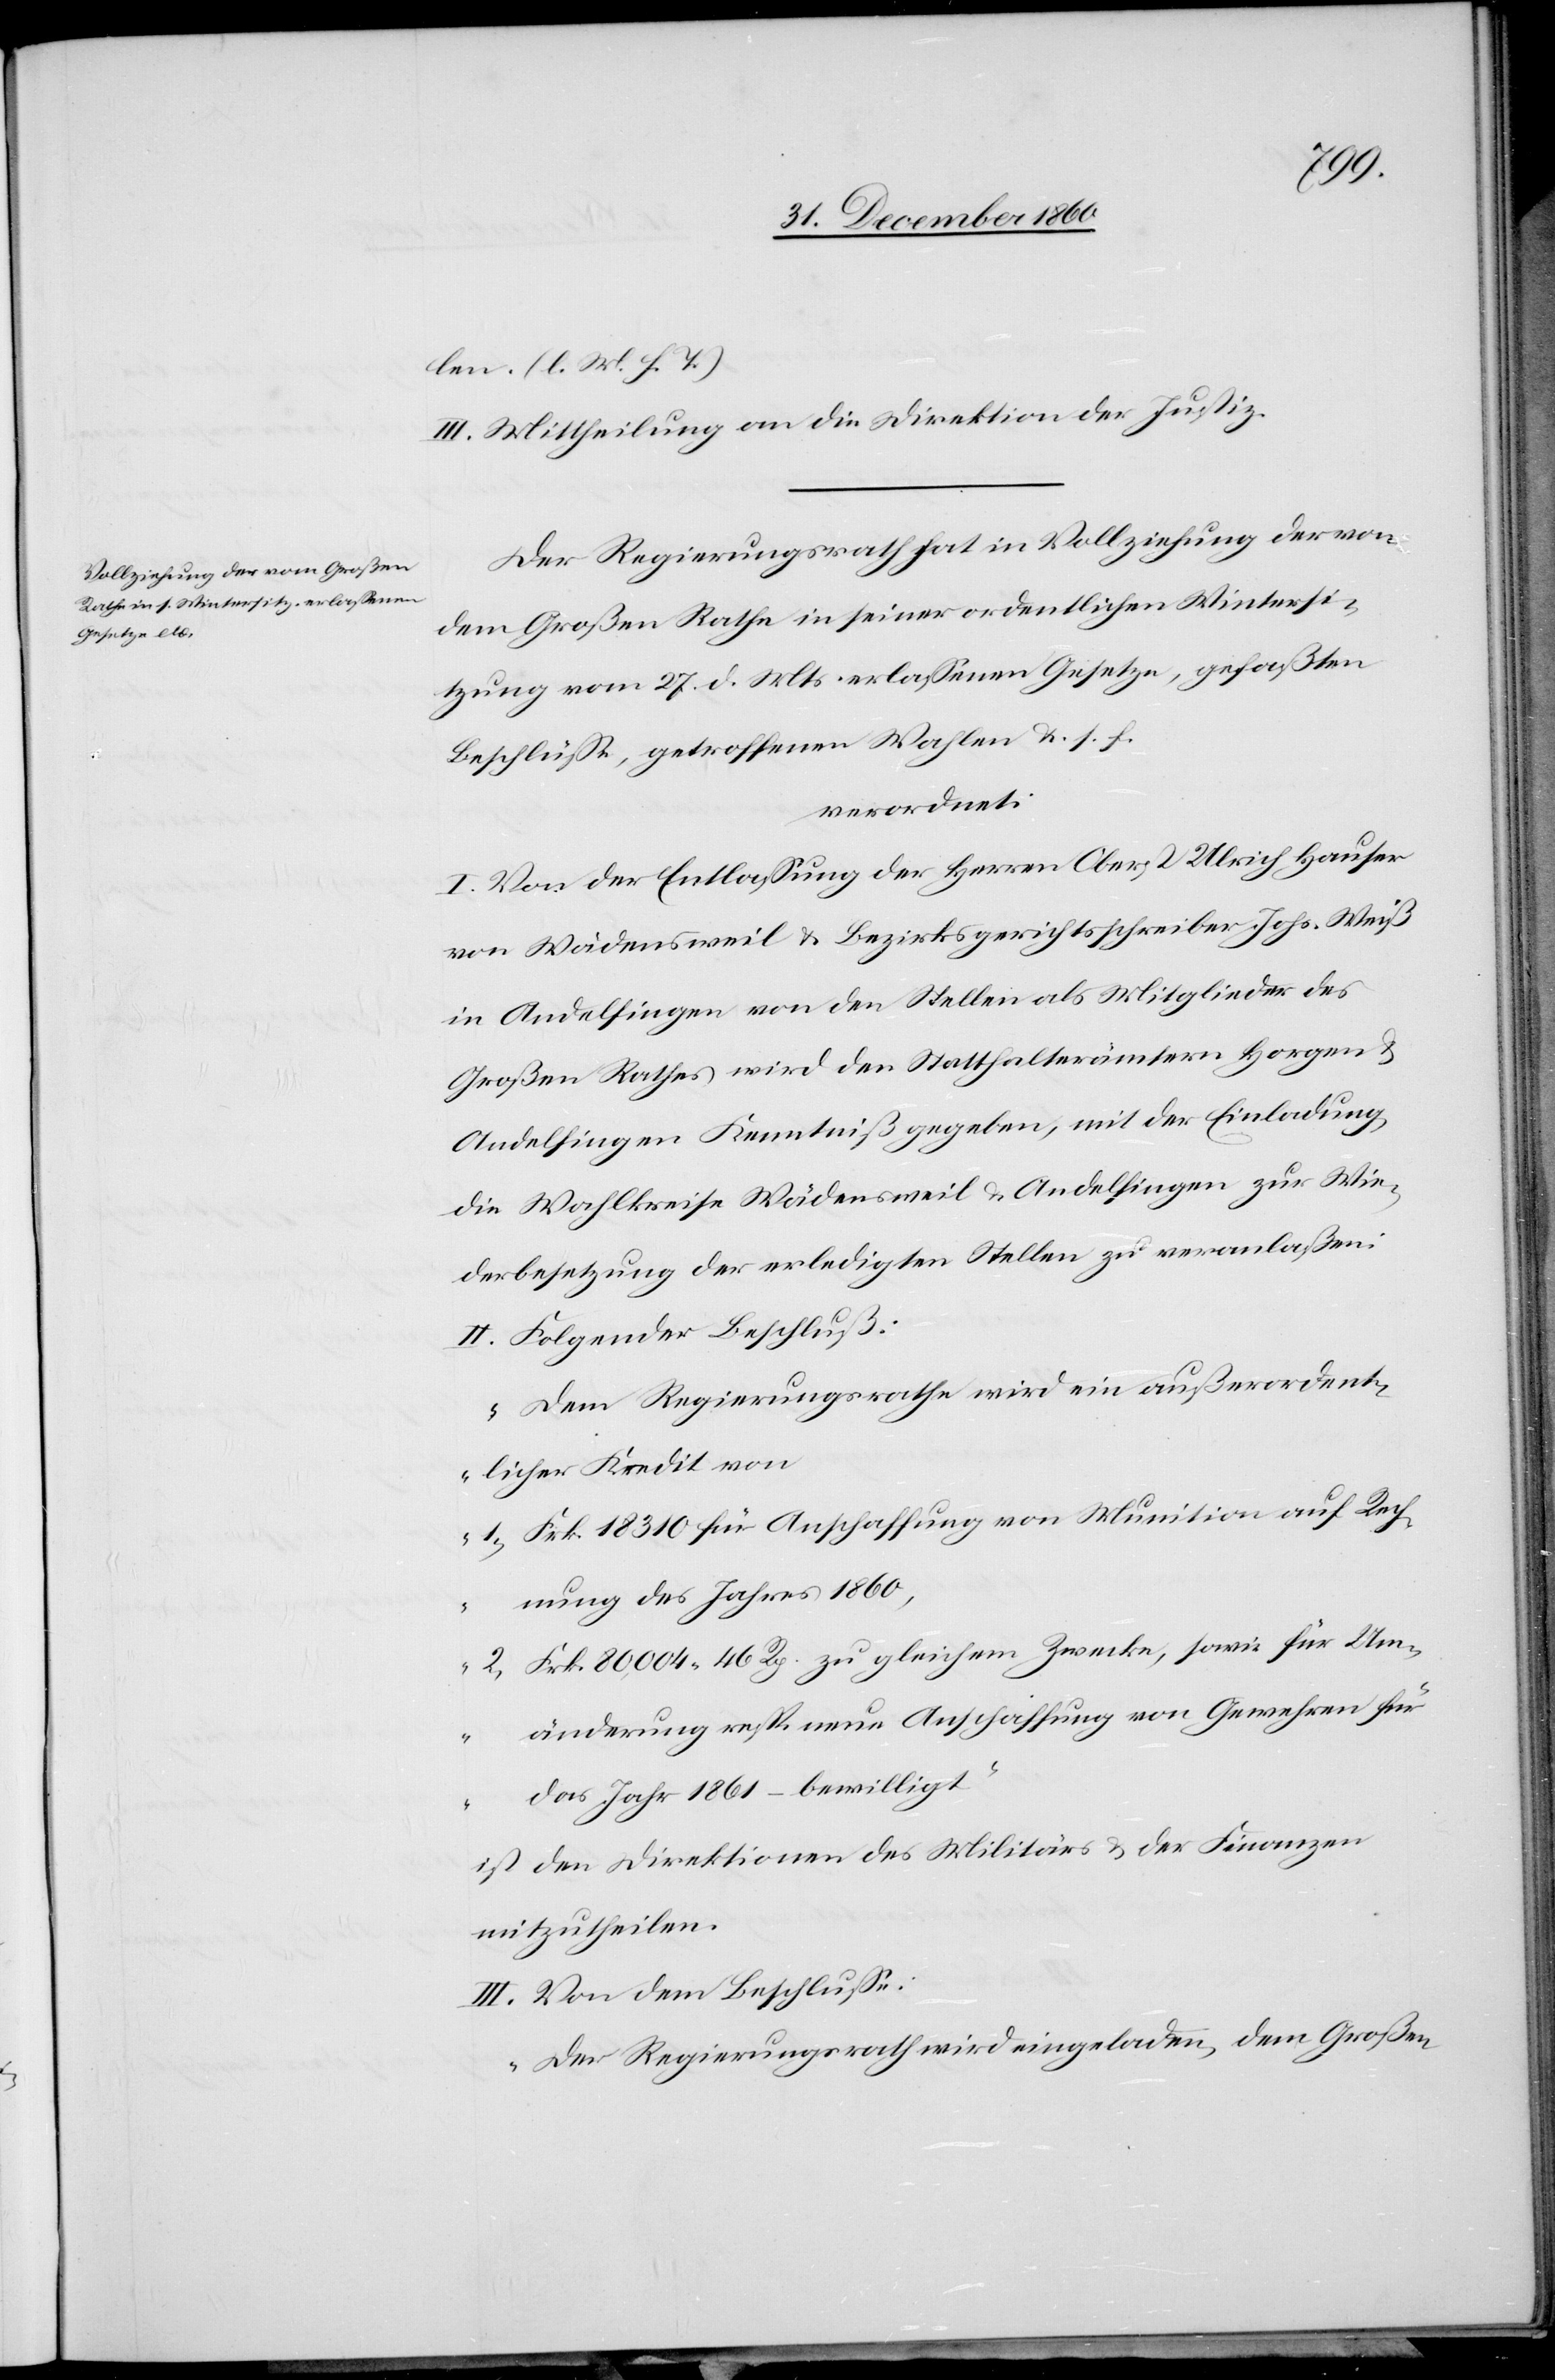
len. (l. M. h. T.)
III. Mittheilung an die Direktion der Justiz.
Der Regierungsrath hat in Vollziehung der von
dem Großen Rathe in seiner ordentlichen Wintersi¬
tzung vom 27. d. Mts. erlassenen Gesetze, gefaßten
Beschlüsse, getroffenen Wahlen u. s. f.
verordnet:
I. Von der Entlassung der Herren Oberst Ulrich Hauser
von Wädensweil u. Bezirksgerichtsschreiber Johs. Weiß
in Andelfingen von den Stellen als Mitglieder des
Großen Rathes wird den Statthalterämtern Horgen u.
Andelfingen Kenntniß gegeben, mit der Einladung,
die Wahlkreise Wädensweil u. Andelfingen zur Wie¬
derbesetzung der erledigten Stellen zu veranlaßen:
II. Folgender Beschluß:
„Dem Regierungsrathe wird ein außerordent¬
licher Kredit von
1. Frk. 18 310 für Anschaffung von Munition auf Rech¬
nung des Jahres 1860,
2. Frk. 80,004 46 Rp. zu gleichem Zwecke, sowie für Um¬
änderung resp. neue Anschaffung von Gewehren für
das Jahr 1861 – bewilligt.“
ist den Direktionen des Militärs u. der Finanzen
mitzutheilen.
III. Von dem Beschlusse:
„Der Regierungsrath wird eingeladen, dem Großen